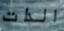
الذات